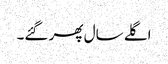
اگلے سال پھر گئے۔